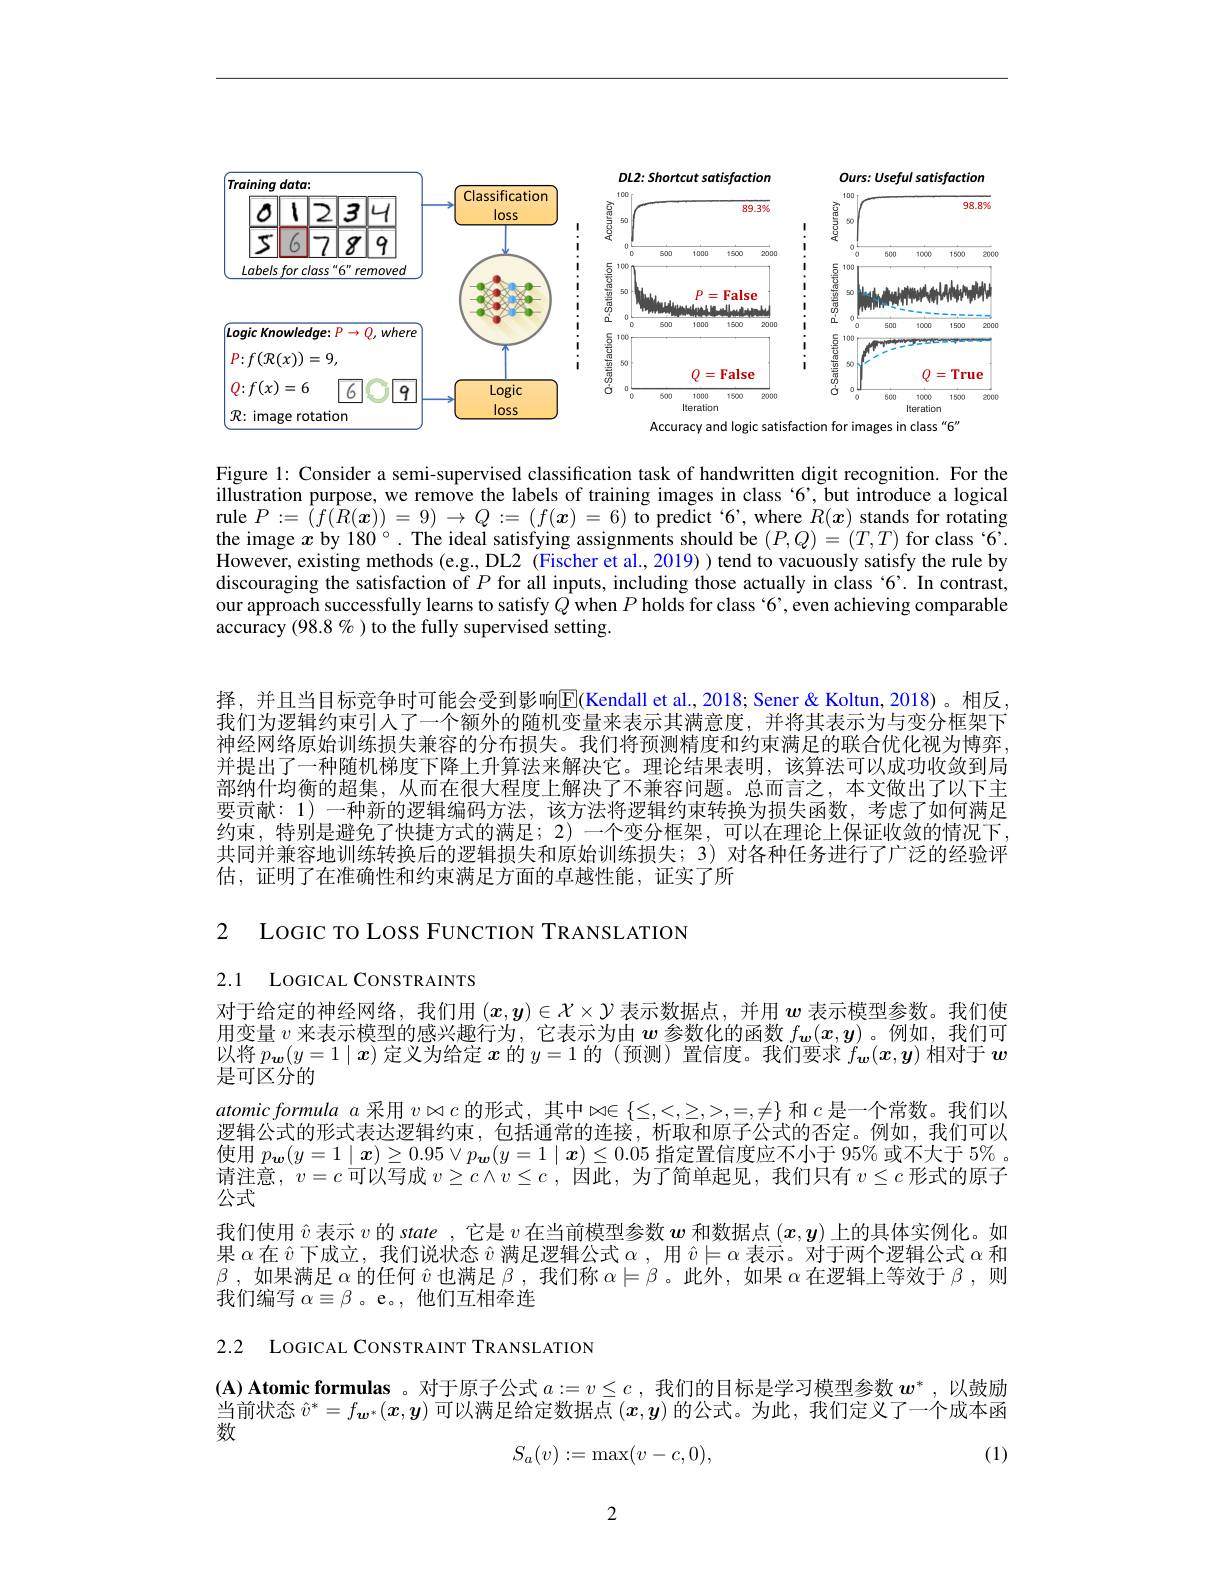
<FigureHere>

Figure l: Consider a semi-supervised classification task of handwritten digit recognition. For the illustration purpose, we remove the labels of training images in class '6', but introduce a logical rule $P:=(f(R(\boldsymbol{x}))=9)\to Q:=(f(\boldsymbol{x})=6)$ to predict $`6’$,where $R(\boldsymbol{x})$ stands for rotating the image $x$ by 180°. The ideal satisfying assignments should be $(P,Q)=(T,T)$ for class $6^{\prime}.$ However, existing methods (e.g., DL2 (Fischer et al., 2019) ) tend to vacuously satisfy the rule by discouraging the satisfaction of $P$ for all inputs, including those actually in class 6'. In contrast, our approach successfully learns to satisfy $Q$ when $P$ holds for class '6', even achieving comparable accuracy (98.8%) to the fully supervised setting.

择，并且当目标竞争时可能会受到影响$\overline{\mathbb{E}}$(Kendall et al., 2018; Sener & Koltun, 2018)。相反我们为逻辑约束引人了一个额外的随机变量来表示其满意度，并将其表示为与变分框架下神经网络原始训练损失兼容的分布损失。我们将预测精度和约束满足的联合优化视为博弈， 并提出了一种随机梯度下降上升算法来解决它。理论结果表明，该算法可以成功收敛到局部纳什均衡的超集，从而在很大程度上解决了不兼容问题。总而言之，本文做出了以下主要贡献：1) 一种新的逻辑编码方法，该方法将逻辑约束转换为损失函数，考虑了如何满足约束，特别是避免了快捷方式的满足；2)一个变分框架，可以在理论上保证收敛的情况下， 共同并兼容地训练转换后的逻辑损失和原始训练损失；3)对各种任务进行了广泛的经验评估，证明了在准确性和约束满足方面的卓越性能，证实了所

2 LOGIC TO Loss FUNCTION TRANSLATION

2.1 LOGICAL CONSTRAINTS

对于给定的神经网络，我们用$(x,y)\in\mathcal{X}\times\mathcal{Y}$表示数据点，并用$w$表示模型参数。我们使用变量$v$来表示模型的感兴趣行为，它表示为由$\boldsymbol{w}$参数化的函数$f_\boldsymbol{w}(x,y)$ 。例如，我们可以将$p_\boldsymbol{w}(y=1\mid\boldsymbol{x})$定义为给定$x$的$y=1$的 (预测) 置信度。我们要求$f_\boldsymbol{w}(x,\boldsymbol{y})$相对于$\boldsymbol w$ 是可区分的
atomicformula $a$采用$v\Join c$的形式，其中$\infty\in\{\leq,<,\geq,>,=,\neq\}$和$c$是一个常数。我们以逻辑公式的形式表达逻辑约束，包括通常的连接，析取和原子公式的否定。例如，我们可以使用$p_{\boldsymbol{w}}(y=1\mid\boldsymbol{x})\geq0.95\lor p_{\boldsymbol{w}}(y=1\mid\boldsymbol{x})\leq0.05$指定置信度应不小于 95% 或不大于 5% 。请注意$,v=c$可以写成 $v\geq c\wedge v\leq c$, 因此，为了简单起见，我们只有 $v\leq c$ 形式的原子公式
我们使用$\hat{v}$表示$v$的 state ,它是$v$在当前模型参数$\boldsymbol w$和数据点$(x,y)$上的具体实例化。如果$\alpha$在$\hat{v}$下成立，我们说状态$\hat{v}$满足逻辑公式$\alpha$ ,用$\hat{v}\models\alpha$表示。对于两个逻辑公式$\alpha$和$\beta$ ,如果满足$\alpha$的任何$\hat{v}$也满足$\beta$ , 我们称$\alpha\models\beta$。此外，如果$\alpha$在逻辑上等效于$\beta$ ,则我们编写$\alpha\equiv\beta$ 。e。,他们互相牵连

2.2 LOGICAL CONSTRAINT TRANSLATION

$(\mathbf{A})$ Atomic formulas 。对于原子公式$a:=v\leq c$,我们的目标是学习模型参数$w^*$,以鼓励当前状态$\hat{v}^*=f_{\boldsymbol{w}^*}(x,y)$可以满足给定数据点$(x,y)$的公式。为此，我们定义了一个成本函数

(1)
$$S_a(v):=\max(v-c,0),$$
2